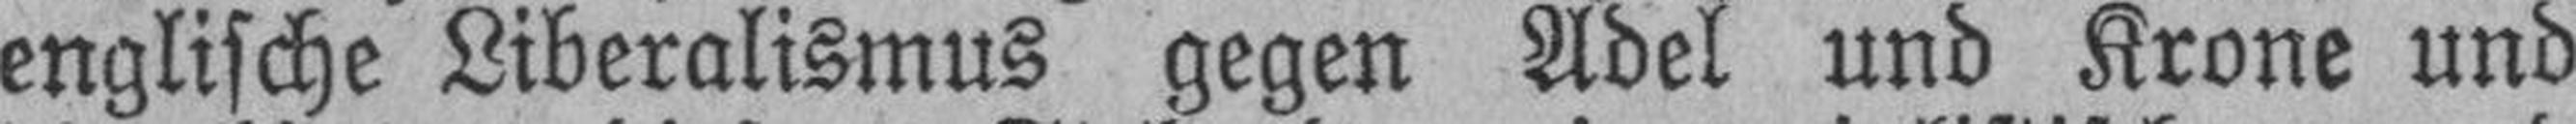
englische Liberalismus gegen Adel und Krone und